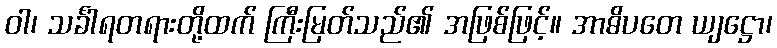
ဝါ၊ သင်္ခါရတရားတို့ထက် ကြီးမြတ်သည်၏ အဖြစ်ဖြင့်။ အာဓိပတေ ယျဋ္ဌော၊